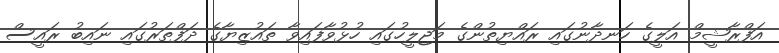
އަފްރާޝީމް އަލީގެ ހަނދާނުގައި ރައްޔިތުންގެ މަޖިލީހުގައި ހުޅުވާފައިވާ ތައުޒިޔާގެ ދަފްތަރުގައި ނައިބު ރައީސް